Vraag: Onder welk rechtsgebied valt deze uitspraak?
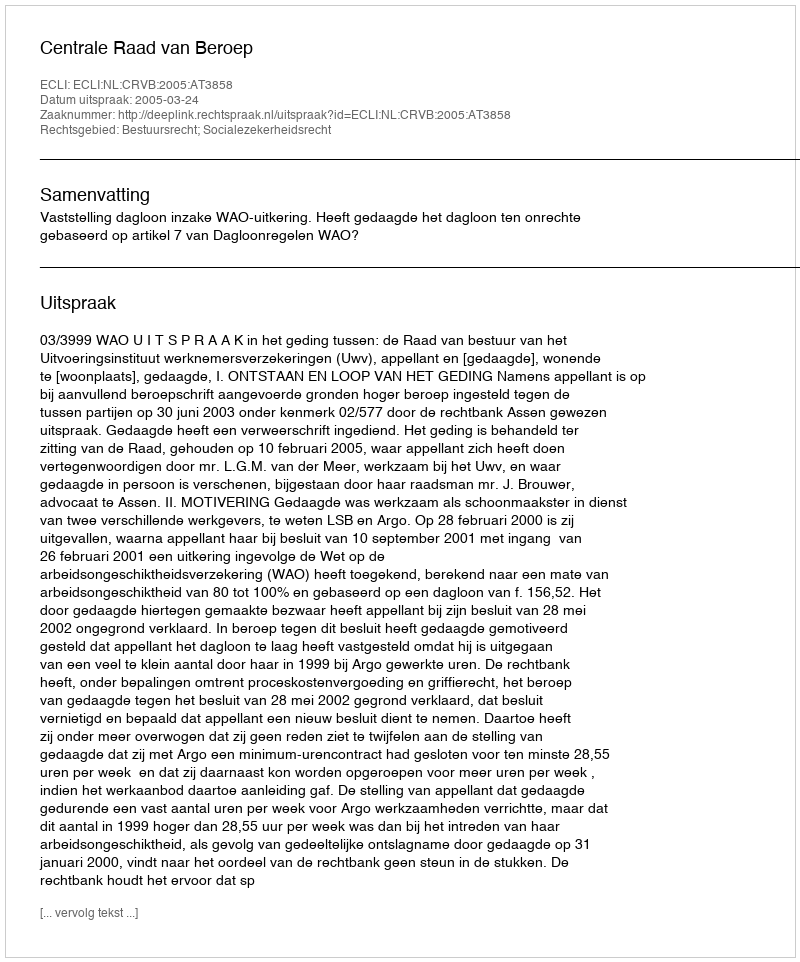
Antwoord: Bestuursrecht; Socialezekerheidsrecht